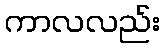
ကာလလည်း